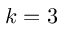
k = 3